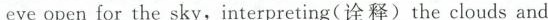
eye open for the sky,interpreting(诠释)the clouds and